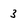
Character: 3